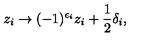
z _ { i } \rightarrow ( - 1 ) ^ { \epsilon _ { i } } z _ { i } + { \frac { 1 } { 2 } } \delta _ { i } ,